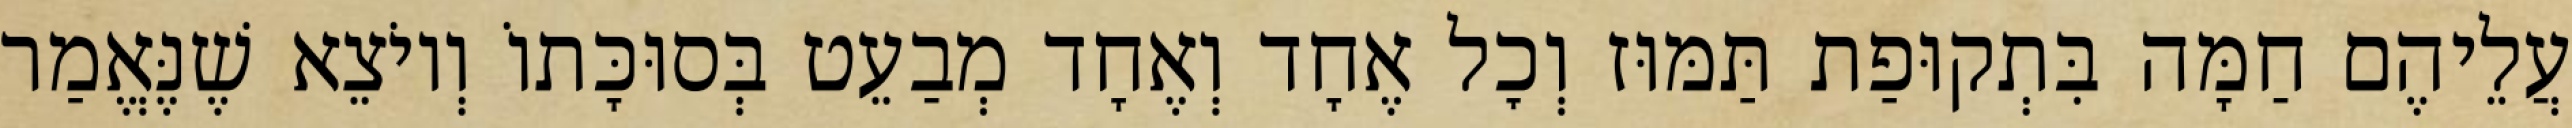
עֲלֵיהֶם חַמָּה בִּתְקוּפַת תַּמּוּז וְכׇל אֶחָד וְאֶחָד מְבַעֵט בְּסוּכָּתוֹ וְיוֹצֵא שֶׁנֶּאֱמַר